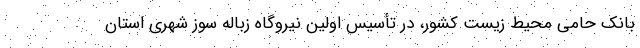
بانک حامی محیط زیست کشور، در تأسیس اولین نیروگاه زباله سوز شهری استان